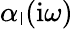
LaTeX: \alpha_{\mathsf{l}}(\mathrm{{i}}\omega)